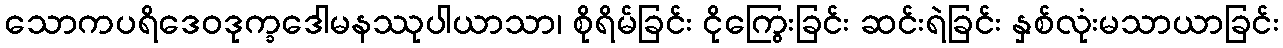
သောကပရိဒေဝဒုက္ခဒေါမနဿုပါယာသာ၊ စိုရိမ်ခြင်း ငိုကြွေးခြင်း ဆင်းရဲခြင်း နှစ်လုံးမသာယာခြင်း